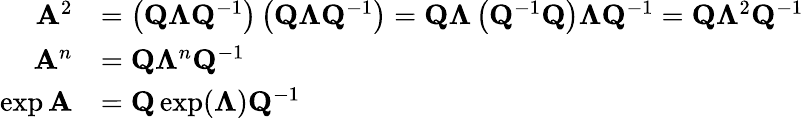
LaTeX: {\begin{array}{rl}{\mathbf{A}^{2}}&{=\left(\mathbf{Q}\mathbf{\Lambda}\mathbf{Q}^{-1}\right)\left(\mathbf{Q}\mathbf{\Lambda}\mathbf{Q}^{-1}\right)=\mathbf{Q}\mathbf{\Lambda}\left(\mathbf{Q}^{-1}\mathbf{Q}\right)\mathbf{\Lambda}\mathbf{Q}^{-1}=\mathbf{Q}\mathbf{\Lambda}^{2}\mathbf{Q}^{-1}}\\ {\mathbf{A}^{n}}&{=\mathbf{Q}\mathbf{\Lambda}^{n}\mathbf{Q}^{-1}}\\ {\exp\mathbf{A}}&{=\mathbf{Q}\exp(\mathbf{\Lambda})\mathbf{Q}^{-1}}\end{array}}